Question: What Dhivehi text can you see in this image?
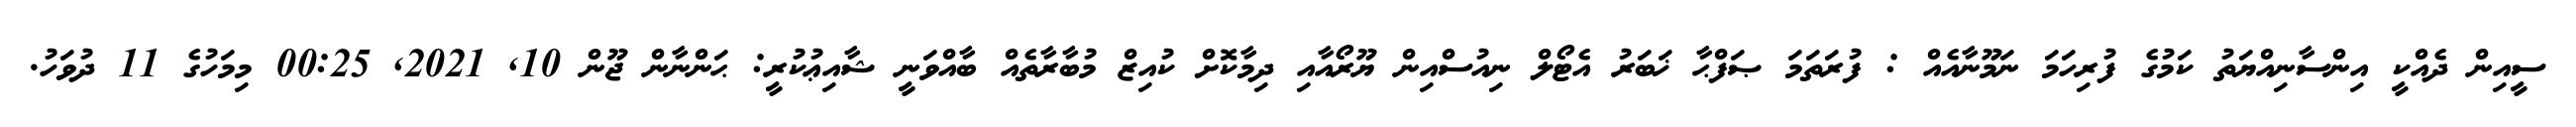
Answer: ސީއިން ދެއްކީ އިންސާނިއްޔަތު ކަމުގެ ފުރިހަމަ ނަމޫނާއެއް : ފުރަތަމަ ޞަފްޙާ ޚަބަރު އެޓޯލް ނިއުސްއިން ޔޫރޯއާއި ދިމާކޮށް ކުއިޒް މުބާރާތެއް ބާއްވަނީ ޝާއިޢުކުރީ: ޙަންނާން ޖޫން 10, 2021, 00:25 މިމަހުގެ 11 ދުވަހު.